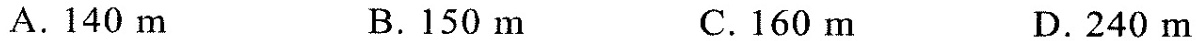
A.140m B.150m C.160m D.240m